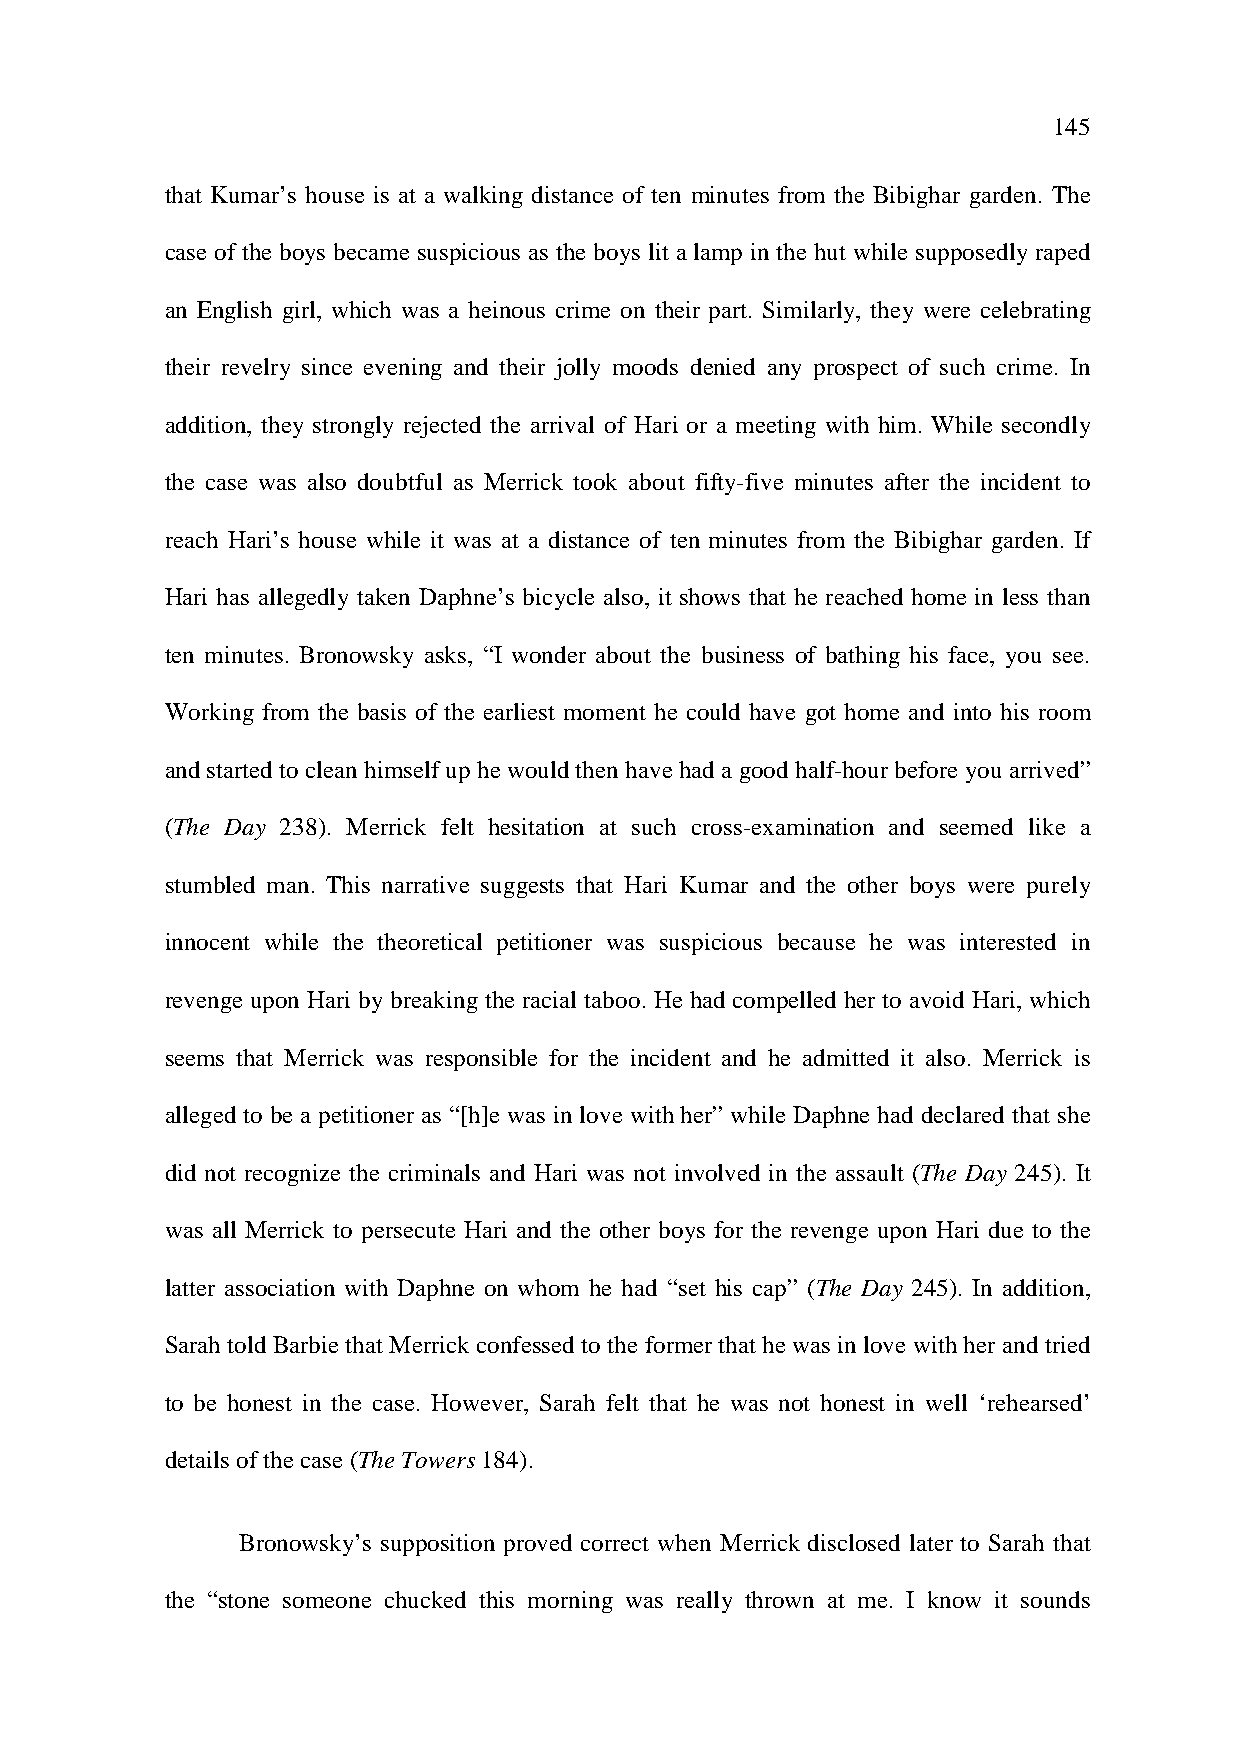
145
 that Kumar’s house is at a walking distance of ten minutes from the Bibighar garden. The
 case of the boys became suspicious as the boys lit a lamp in the hut while supposedly raped
 an English girl, which was a heinous crime on their part. Similarly, they were celebrating
 their revelry since evening and their jolly moods denied any prospect of such crime. In
 addition, they strongly rejected the arrival of Hari or a meeting with him. While secondly
 the case was also doubtful as Merrick took about fifty-five minutes after the incident to
 reach Hari’s house while it was at a distance of ten minutes from the Bibighar garden. If
 Hari has allegedly taken Daphne’s bicycle also, it shows that he reached home in less than
 ten minutes. Bronowsky asks, “I wonder about the business of bathing his face, you see.
 Working from the basis of the earliest moment he could have got home and into his room
 and started to clean himself up he would then have had a good half-hour before you arrived”
 (The Day 238). Merrick felt hesitation at such cross-examination and seemed like a
 stumbled man. This narrative suggests that Hari Kumar and the other boys were purely
 innocent while the theoretical petitioner was suspicious because he was interested in
 revenge upon Hari by breaking the racial taboo. He had compelled her to avoid Hari, which
 seems that Merrick was responsible for the incident and he admitted it also. Merrick is
 alleged to be a petitioner as “[h]e was in love with her” while Daphne had declared that she
 did not recognize the criminals and Hari was not involved in the assault (The Day 245). It
 was all Merrick to persecute Hari and the other boys for the revenge upon Hari due to the
 latter association with Daphne on whom he had “set his cap” (The Day 245). In addition,
 Sarah told Barbie that Merrick confessed to the former that he was in love with her and tried
 to be honest in the case. However, Sarah felt that he was not honest in well ‘rehearsed’
 details of the case (The Towers 184).
 Bronowsky’s supposition proved correct when Merrick disclosed later to Sarah that
 the “stone someone chucked this morning was really thrown at me. I know it sounds